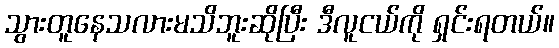
သွားတူနေသလားမသိဘူးဆိုပြီး ဒီလူငယ်ကို ရှင်းရတယ်။